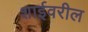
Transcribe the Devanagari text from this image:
शाईवरील